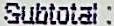
SUBTOTAL :